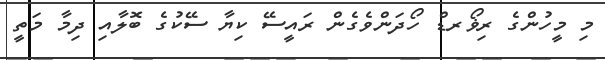
މި މީހުންގެ ރިޥޯރޑް ހޯދަންވެގެން ރައީސޭ ކިޔާ ސޭކުގެ ބޮލާއި ދިމާ މަތީ